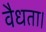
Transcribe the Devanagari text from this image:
वैधता।